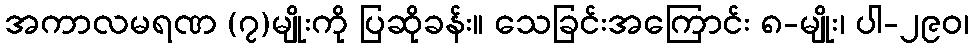
အကာလမရဏ (၇)မျိုးကို ပြဆိုခန်း။ သေခြင်းအကြောင်း ၈-မျိုး၊ ပါ-၂၉၀၊